Report of the Hyderabad Chloroform Commission
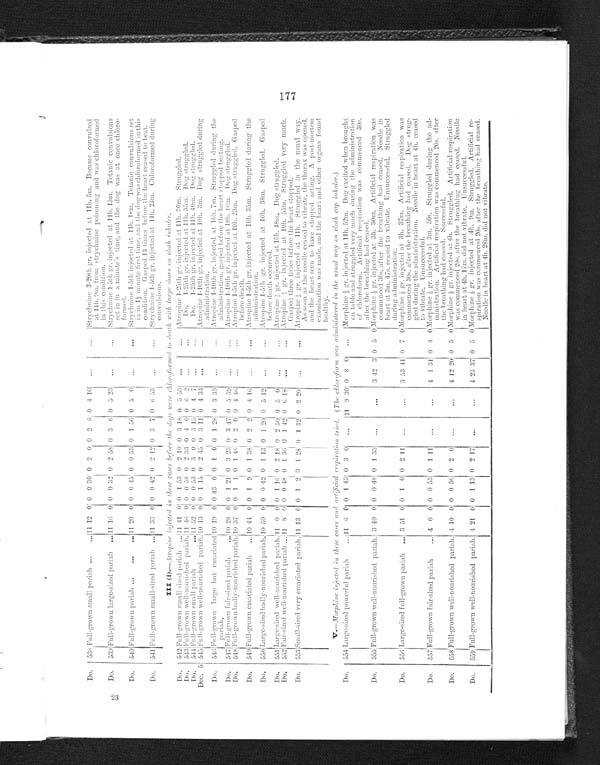
23
Do.
538 Full-grown small pariah . . . 11 12 0 0
0 30 0 2 0 0 2 8 0 4 10 . . .
. . .
Strychnine 3-20th gr. injected at 11th. 5m. Became convulsed
at 11h. 9m. from strychnine poisoning and was chloroformed
in this condition.
Do.
539 Full-grown large-sized pariah . . . 1 1
16 0 0
0 32 0 2 58 0 3
6 0 5 23 . . .
. . .
Strychnine 1-5th gr. injected at 11th. 15m. Tetanic convulsions
set in in a minute's time, and the dog was at once chloro
- f o r m e d .
Strychnine 1-5th injected at 11th. 18m. Tetanic convulsions set
in
in
1½m i n u t e f i r s t t i m e , a n d t h e d o g w a s c h l o r o f o r m e d i n t h i s
condition. Gasped 13 times before the heart ceased to beat.
Do.
540 Full-grown pariah . . . 11 20 0 0 0 45 0 0 53 0 1 56 0 5 0 . . .
. . .
Do.
541 Full-grown small-sized parith . . . 11 33 0 0 0 42 0 2 12 0 3 7 0 6 53
. . .
. . .
Strychnine 1-5th gr. injected at 11h. 23m. Chloroformed during
c o n v u l s i o n s .
III(i).—Atropine ingected in these cases before the dogs were chloroformed to death with large doses on cloth inhaler.
Do.
5 4 2
F u l l - g r o w n s m a l l - s i z e d p a r i a h . . .
1 1 41 0 0 1 53 0 2 10 0 3 18 0 5 53
. . .
. . . Atropine 1-25th gr. injected at 11h. 30m. Struggled.
Do.
5 4 3
F u l l - g r o w n w e l l - n o u r i s h e d p a r i a h . . . .
11 4 6 0 0 0 58 0 2 33 0 4
0 0 6 2
. . .
. . .
Do. 1-25th gr. injected at 11h. 35m. Dog struggled.
Do. 1-25th gr. injected at 11h. 40m. Dog struggled.
Do.
5 4 4
F u l l - g r o w n s m a l l p a r i a h
1 1 52 0 0 0 53 0 3 0 0 3 15 0 4 7
. . .
. . .
Atropine 1-10th gr. injected at 10h. 3m. Dog struggled during
administration.
Dec. 5
5 4 5
Full-grown well-nourished p a r i a h . . . .
1 0 13 0 0 1 15 0 2 45 0 3 11 0 4 34
. . .
. . .
Atropine 1-10th gr. injected at 10h. 7m. Struggled during the
administration. gasped before the heart stopped beating.
Do.
546 Full-grown large but emaciated pariah. . .. 1 019 0 0 43
0 0 1
0 0 1 28 0 3 33
. . .
. . .
Do.
547 Full-grown fair-sized pariah . . . 1 0 28 0 0 1 21 0 3 23 0 3 47 0 5 59
. . .
. . .
Atropine 1-10th gr. injected at 10h.. 16m. Dog struggled
Do.
548 Full-grown badly-nourished pariah. . .. 1 0 37 0 0 1 1 0 1 46 0 2 0 0 4 46
. . .
. . .
Atropine 1-5th gr. injected at 10h. 23m. Dog struggled. Gasped
before death.
Atropine 1-5th gr. injected at 10h. 35m. Struggled during the
administration.
Do.
549 Full-grown emaciated pariah . . . 10 44 0 0 1
9 0 1 38 0 2
2 0 4 1 6
. . .
. . .
Do.
550 Large-sized badly-nourished pariah . . .
1 0
50 0 0 0 42 0 1 13 0 1
2 0 0 5 12
. . .
. . .
Atropine 1-5th gr. injected at 10h. 38m. Struggled. Gasped
before death occurred.
Do.
551 Large-sized well-nourished pariah . ..
1 1 0 0 0 1 16 0 2 18 0 2 50 0 5 0
. . .
. . . Atropine 1/3 gr. injected at 10h. 48m. D o g s t r u g g l e d .
Do.
552 Fair-sized well-nourished pariah . . . 1 1
8 0 0 0 48 0 1 36 0 1
4 2 0
6 18
. . .
. . . Atropine 1/3 gr. injected at 10h. 55m. Struggled very much.
Gasped three times before the heart stopped.
Do.
553 Small-sized very emaciated
p a r i a h . . .
1 1
13 0 0 1 2 0 1 28 0 1 3 2 0 2 20
. . .
. . .
Atropine 1/3g r .i
n j e c t e d a t
1 1 h .
S t r u g g l e d
i n
t h e
u s u a l
w a y .
As soon as the needle ceased to vibrate, the thorax was opened,
and the heart seen to have stopped acting. A post-mortem
examination was made, and the heart and other organs found
healthy.
V.—Morphine injected in these c ases and artificial respiration tried. (The chloroform was administered in the usual way on cloth cap inhaler.)
Do.
554 Large-sized powerful pariah . . . 11 6 0 0 1 43 0 3 0
. . .
1 1 9 30 0 8 0
. . .
Morphine ½ gr. injected at 11h. 52m. D o g e x c i t e d w h e n b r o u g h t
on table and strug g led very much during the administration
of chloroform. A rtificial respiration was commenced 30s.
after the breathing had ceased.
Do.
555 Full-grown well-nourished pariah . .. 3 40 0 0 0 48 0 1 33
. . .
. . .
3 42 3 0 5 0 Morphine ½ g r . i n j e c t e d a t
3 h . 3 0 m .
A r t i f i c i a l
r e s p i r a t i o n
w a s
commenced 30s. after the breathing had ceased. Needle in
heart at 3m. 47s. ceased to vibrate. Unsuccessful. Struggled
during administration.
Do.
556 Large-sized full-grown pariah . . . 3 51 0 0 1 0 0 2 11
. . .
. . .
3 53 41 0 7 0 Morphine ½g r .
i n j e c t e d a t
3 h .
3 7 m .
A r t i f i c i a l
r e s p i r a t i o n
w a s
commenced 30s. after the breathing had ceased. Dog strug
- g l e d d u r i n g t h e a d m i n i s t r a t i o n .
N e e d l e i n h e a r t a t 4 h . c e a s e d
to vibrate. Unsuccessful.
Do.
557 Full-grown fair-sized pariah . . . 4 0 0 0 0 53 0 1 11
. . .
. . .
4 1 31 0 1 0 Morphine ½ gr, injected at 3m. 5 0 s .
S t r u g g l e d d u r i n g t h e a d
-ministration. Artificial respiration was commenced 20s. after
the breathing had ceased. Successful.
Do.
558 Full-grown well-nourished
p a r i a h . . . . 4 10 0 0 0 56 0 2 0
. . .
. . .
4 12 20 0 5 0 Morphine ½ g r . i n j e c t e d a t 4 h .
S t r u g g l e d .
A r t i f i c i a l r e s p i r a t i o n
was commenced 20s. after the breathing had ceased. Needle
in heart at 4h. 17m. did not vibrate. Unsuccessful.
Do.
559 Full-grown well-nourished
p a r i a h . . . 4 21 0 0 1 13 0 2 17
. . .
. . .
4 23 37 0
5 0 Morphine ½ g r .
i n j e c t e d
a t a t
4 h .
9 m .
S t r u g g l e d .
A r t i f i c i a l
r e - s p i r a t i o n w a s c o m m e n c e d 2 0 s . a f t e r t h e b r e a t h i n g h a d c e a s e d . N e e d l e i n h e a r t a t 4 h . 2 8 m . d i d n o t v i b r a t e .
177